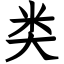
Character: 类